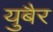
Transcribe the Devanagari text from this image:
युबैर